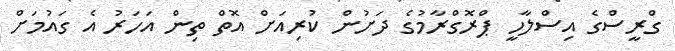
ގްރީސްގެ އިސްލާހީ ޕްރޮގްރާމުގެ ދަށުން ކުރިއަށް އޮތް ތިން އަހަރު އެ ގައުމަށް